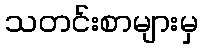
သတင်းစာများမှ